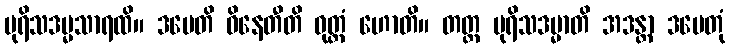
ပုရိသဒမ္မသာရထိ။ ဒမေတိ ဝိနေတီတိ ဝုတ္တံ ဟောတိ။ တတ္ထ ပုရိသဒမ္မာတိ အဒန္တာ ဒမေတုံ